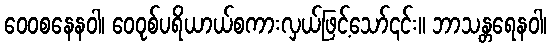
ဝေဝစနေနဝါ၊ ဝေဝုစ်ပရိယာယ်စကားလှယ်ဖြင့်သော်၎င်း။ ဘာသန္တရေနဝါ၊